system: You are a helpful assistant.
user:
Analyze the provided spectrum to determine if it is a **White Dwarf (WD)**.

A White Dwarf spectrum is defined by its **extreme purity** (due to gravitational settling) and/or **extreme pressure broadening** (due to high surface gravity). You must check for one of the following mutually exclusive signatures:

- **Key Visual Indicators (Check for ONE of these types):**

    - **1. DA-Type Signature (Most Common):**
        - **(Primary Feature):** Extreme pressure broadening (Stark broadening) of the **Hydrogen (H) Balmer lines**.
        - **(Key Lines):** $H\beta$ (approx. $4861$ Å) and $H\gamma$ (approx. $4340$ Å). $H\alpha$ (approx. $6563$ Å) will also be present if the wavelength range covers it.
        - **(Line Profile):** This is the **defining feature**. The lines are **NOT** sharp. They appear as massive, **extremely broad and deep "troughs" or "dips"** in the spectrum, often hundreds of Ångströms wide. The continuum will appear to "scoop" down at these wavelengths.
        - **(Distinction):** Normal A-type or B-type stars have *narrow* and *sharp* Hydrogen lines. A DA White Dwarf's lines are unmistakably "smeared" or "blurry" from pressure.

    - **2. DB-Type Signature:**
        - **(Primary Feature):** Broad absorption lines from **Neutral Helium (He I)**. The spectrum must lack any visible Hydrogen lines.
        - **(Key Lines):** Look for broad absorption near $4471$ Å, $4921$ Å, and $5876$ Å.
        - **(Line Profile):** These lines are also significantly pressure-broadened, appearing much wider than they would in a normal B-type main-sequence star.

    - **3. DC-Type Signature:**
        - **(Primary Feature):** A **featureless continuous spectrum**.
        - **(Line Profile):** The spectrum is a smooth curve with **no significant absorption or emission lines**.
        - **(Key Confirmation):** The continuum is almost always **blue or white**, indicating a hot object. This signature implies the atmosphere is so pure (or so cool) that no spectral lines are visible in the optical range. Its WD identity is confirmed by its extremely low intrinsic brightness (high absolute magnitude).

    - **4. DZ-Type Signature (Metal-Polluted):**
        - **(Primary Feature):** **Isolated, narrow metal absorption lines** on an otherwise featureless (DC-like) continuum.
        - **(Key Lines):** The **Calcium (Ca II) H & K doublet** (approx. **$3934$ Å** and **$3968$ Å**) is the most common and defining feature.
        - **(Line Profile):** These lines are "out of place." They are *not* part of a "forest" of thousands of lines. This signature is evidence of recent *accretion* (pollution) from rocky debris.
        - **(Distinction):** Normal G/K/M stars have a *dense forest* of thousands of metal lines. A DZ has a *clean* continuum with *only a few* strong metal lines.

    - **5. DQ-Type Signature (Carbon-Polluted):**
        - **(Primary Feature):** Absorption bands from **Carbon (C₂ "Swan Bands" or atomic C I)**.
        - **(Key Lines - C₂):** Look for bandheads with a "saw-tooth" shape near $5635$ Å, **$5165$ Å** (strongest), and $4737$ Å.
        - **(Key Confirmation):** The underlying **continuum must be blue or white** (hot).
        - **(Distinction):** This is the critical difference from a **Carbon Star**, which has the *exact same* C₂ bands but on an extremely **red, cool** continuum.

- **(Overall Spectrum):**
    - The continuum (overall shape) is typically **blue-sloping** (brighter in the blue than the red), as most white dwarfs are very hot.
    - The spectrum will look "pure" or "simple," dominated by only *one* of the five signatures listed above.

Think first, call **spectral_visualization_tool** if needed to examine features in detail, then provide your final answer. Your response must adhere to the following strict rules:
1.  **Overall Structure:** Your response must follow the format `<think>...</think> <tool_call>...</tool_call> (if a tool is used) <answer>...</answer>`.
2.  **Tool Usage Constraint:** You may only make **one** tool call per turn.
3.  **Final Answer Format:** In the `<answer>` tag, your conclusion must be inside a `\boxed{}` command (e.g., `\boxed{YES}` or `\boxed{NO}`), followed by your justification.

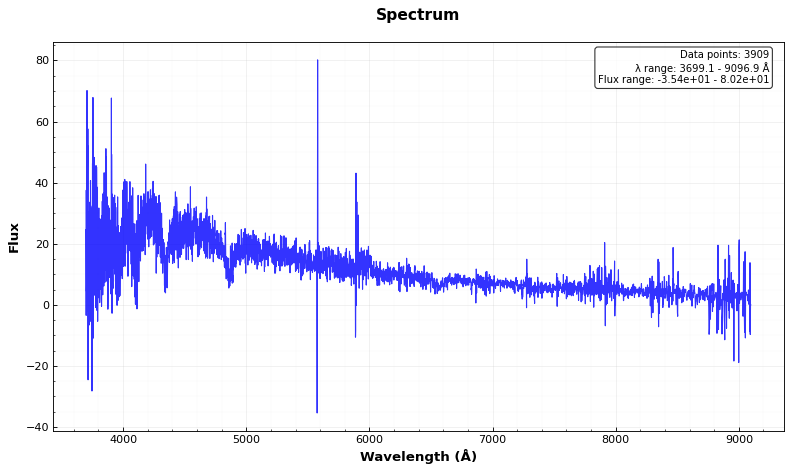
Answer: YES